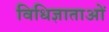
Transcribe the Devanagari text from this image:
विधिज्ञाताओं